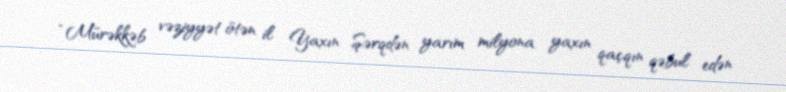
“Mürəkkəb vəziyyət ötən il Yaxın Şərqdən yarım milyona yaxın qaçqın qəbul edən